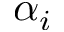
\alpha _ { i }